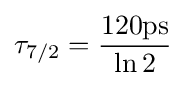
\tau _{7/2}={\frac {120{\textrm {ps}}}{\ln {2}}}